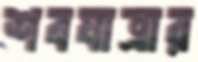
শবযাত্রার